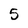
Character: 5